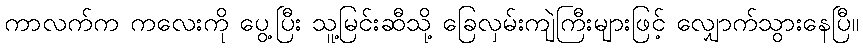
ကာလက်က ကလေးကို ပွေ့ပြီး သူ့မြင်းဆီသို့ ခြေလှမ်းကျဲကြီးများဖြင့် လျှောက်သွားနေပြီ။